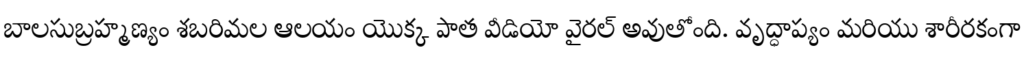
బాలసుబ్రహ్మణ్యం శబరిమల ఆలయం యొక్క పాత వీడియో వైరల్ అవుతోంది. వృద్ధాప్యం మరియు శారీరకంగా